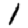
Digit: 1